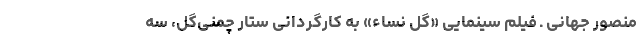
منصور جهانی ـ فیلم سینمایی «گل نساء» به کارگردانی ستار چمنی‌گل، سه